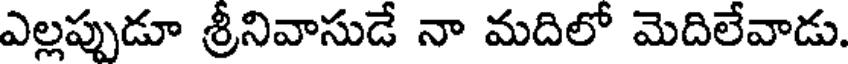
ఎల్లప్పుడూ శ్రీనివాసుడే నా మదిలో మెదిలేవాడు.